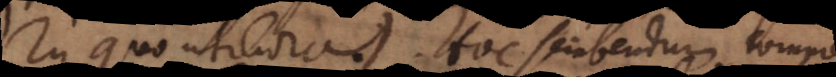
In quo utiliora. Hoc scribendum compresse.